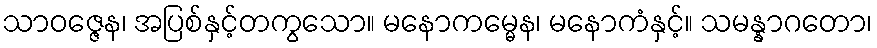
သာဝဇ္ဇေန၊ အပြစ်နှင့်တကွသော။ မနောကမ္မေန၊ မနောကံနှင့်။ သမန္နာဂတော၊